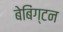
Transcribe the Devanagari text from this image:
बेबिंग्टन